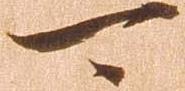
可